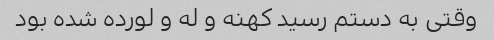
وقتی به دستم رسید کهنه و له و لورده شده بود